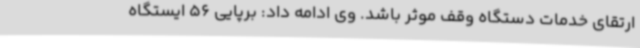
ارتقای خدمات دستگاه وقف موثر باشد. وی ادامه داد: برپایی 56 ایستگاه